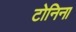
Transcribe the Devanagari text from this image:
टोनिना